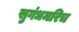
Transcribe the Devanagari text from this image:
सुगंधमरिच